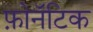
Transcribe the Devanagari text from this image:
फ़ोनॅटिक